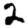
Digit: 2